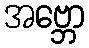
အဗ္ဘော